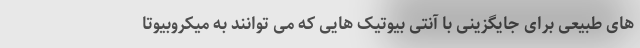
های طبیعی برای جایگزینی با آنتی بیوتیک هایی که می توانند به میکروبیوتا